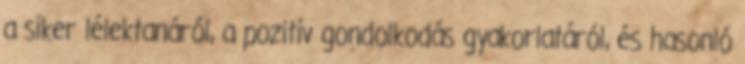
a siker lélektanáról, a pozitív gondolkodás gyakorlatáról, és hasonló